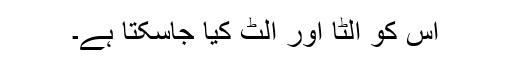
اس کو الٹا اور الٹ کیا جاسکتا ہے۔